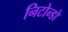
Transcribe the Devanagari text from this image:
निटोन्डो